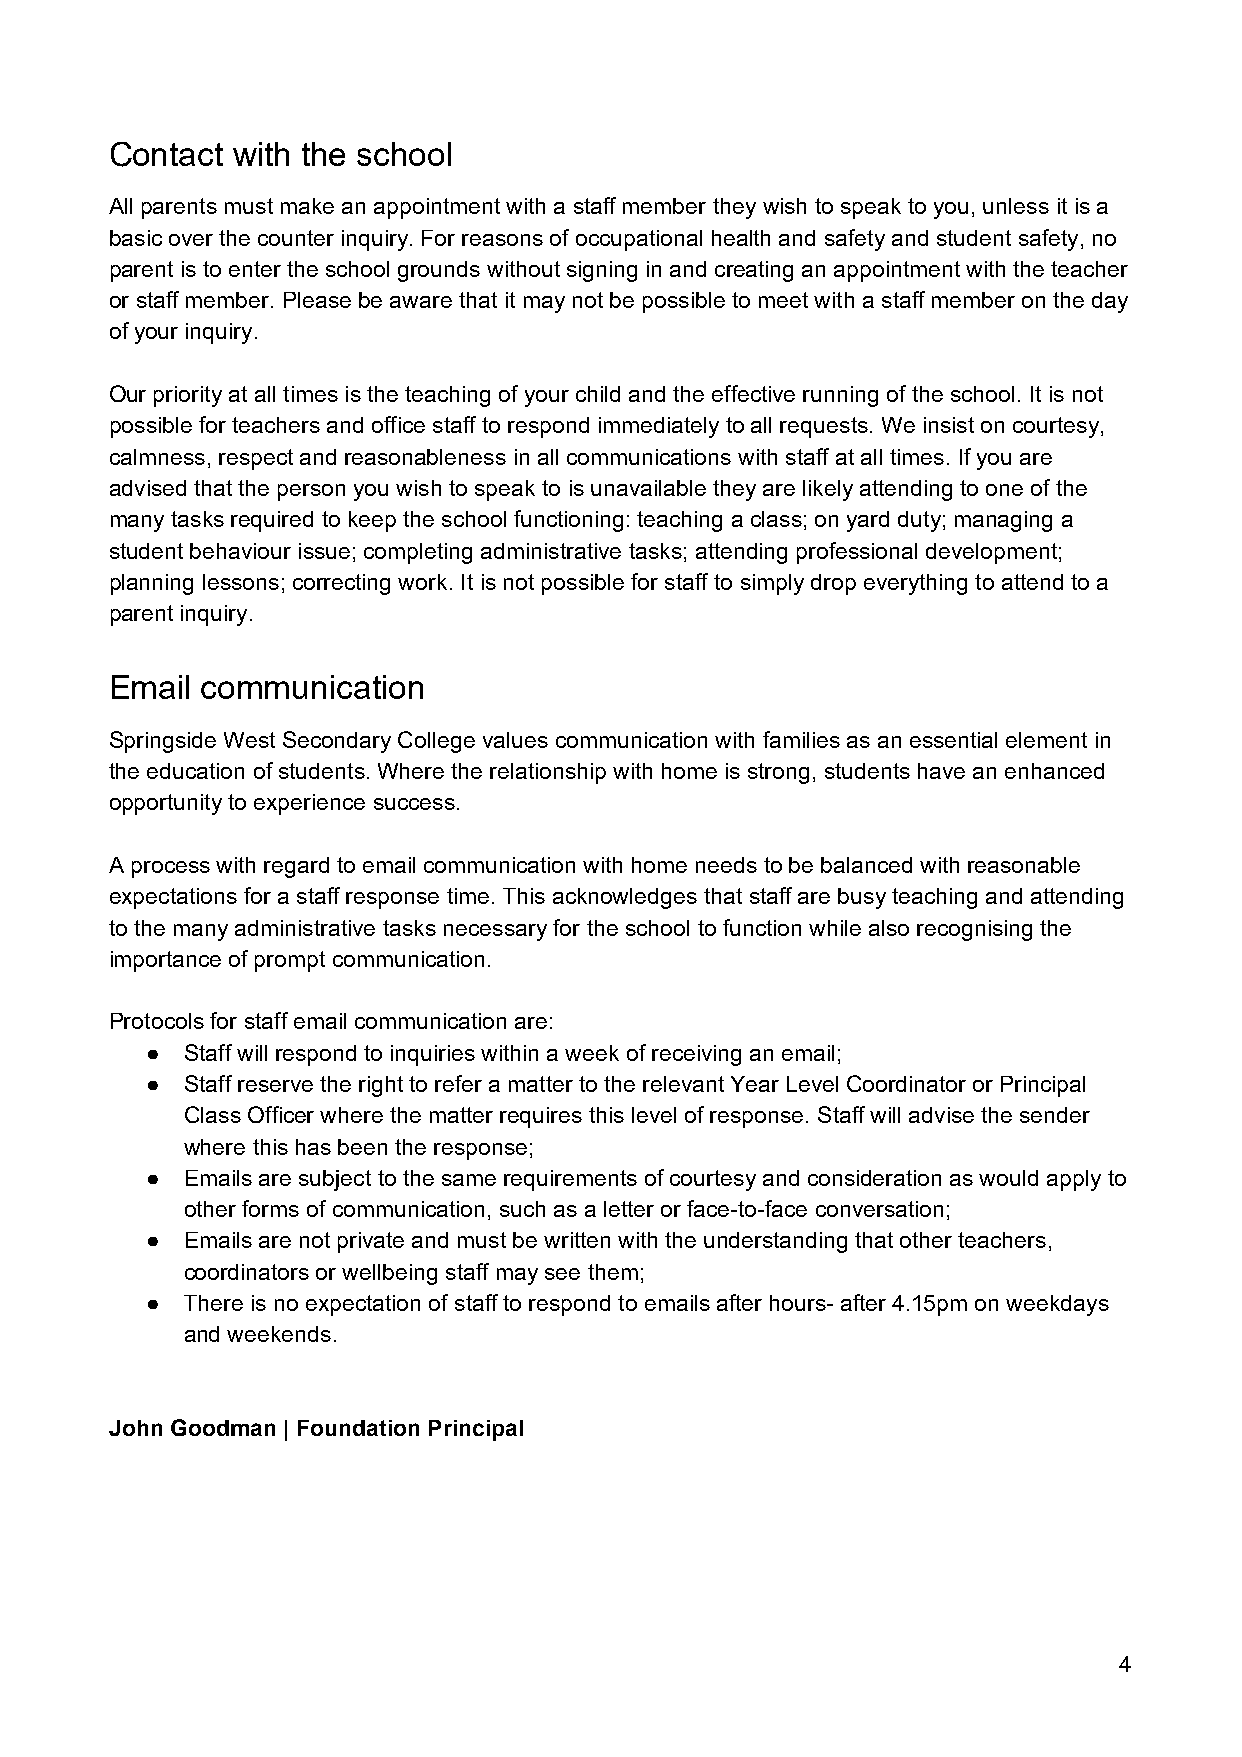
Contact with the school
 All parents must make an appointment with a staff member they wish to speak to you, unless it is a
 basic over the counter inquiry. For reasons of occupational health and safety and student safety, no
 parent is to enter the school grounds without signing in and creating an appointment with the teacher
 or staff member. Please be aware that it may not be possible to meet with a staff member on the day
 of your inquiry.
 Our priority at all times is the teaching of your child and the effective running of the school. It is not
 possible for teachers and office staff to respond immediately to all requests. We insist on courtesy,
 calmness, respect and reasonableness in all communications with staff at all times. If you are
 advised that the person you wish to speak to is unavailable they are likely attending to one of the
 many tasks required to keep the school functioning: teaching a class; on yard duty; managing a
 student behaviour issue; completing administrative tasks; attending professional development;
 planning lessons; correcting work. It is not possible for staff to simply drop everything to attend to a
 parent inquiry.
 Email communication
 Springside West Secondary College values communication with families as an essential element in
 the education of students. Where the relationship with home is strong, students have an enhanced
 opportunity to experience success.
 A process with regard to email communication with home needs to be balanced with reasonable
 expectations for a staff response time. This acknowledges that staff are busy teaching and attending
 to the many administrative tasks necessary for the school to function while also recognising the
 importance of prompt communication.
 Protocols for staff email communication are:
 ● Staff will respond to inquiries within a week of receiving an email;
 ● Staff reserve the right to refer a matter to the relevant Year Level Coordinator or Principal
 Class Officer where the matter requires this level of response. Staff will advise the sender
 where this has been the response;
 ● Emails are subject to the same requirements of courtesy and consideration as would apply to
 other forms of communication, such as a letter or face-to-face conversation;
 ● Emails are not private and must be written with the understanding that other teachers,
 coordinators or wellbeing staff may see them;
 ● There is no expectation of staff to respond to emails after hours- after 4.15pm on weekdays
 and weekends.
 John Goodman | Foundation Principal
 4